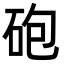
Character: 砲